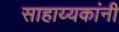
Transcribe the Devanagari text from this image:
साहाय्यकांनी